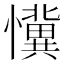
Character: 懻